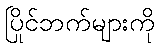
ပြိုင်ဘက်များကို